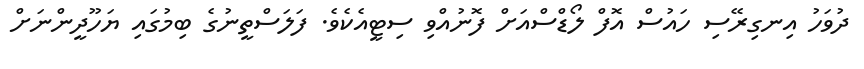
ދުވަހު އިނގިރޭސި ހައުސް އޮފް ލޯޑްސްއަށް ފޮނުއްވި ސިޓީއެކެވެ. ފަލަސްތީނުގެ ބިމުގައި ޔަހޫދީންނަށް